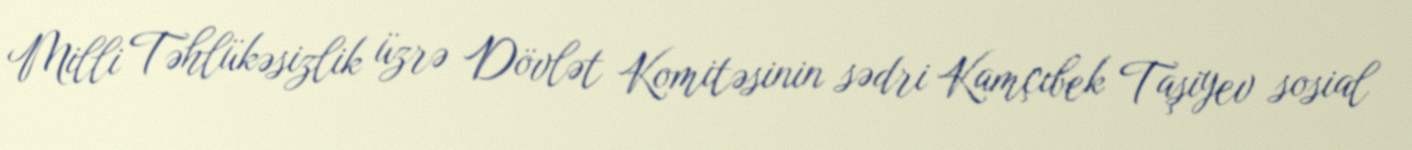
Milli Təhlükəsizlik üzrə Dövlət Komitəsinin sədri Kamçıbek Taşiyev sosial